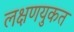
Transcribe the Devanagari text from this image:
लक्षणयुकत